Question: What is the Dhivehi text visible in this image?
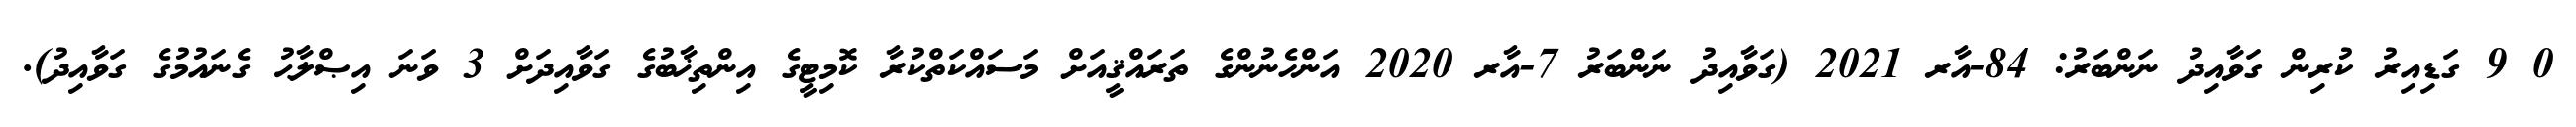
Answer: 0 9 ގަޑިއިރު ކުރިން ގަވާއިދު ނަންބަރު: 84-އާރ 2021 (ގަވާއިދު ނަންބަރު 7-އާރ 2020 އަންހެނުންގެ ތަރައްޤީއަށް މަސައްކަތްކުރާ ކޮމިޓީގެ އިންތިޚާބުގެ ގަވާއިދަށް 3 ވަނަ އިޞްލާޙު ގެނައުމުގެ ގަވާއިދު).